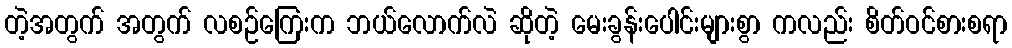
တဲ့အတွက် အတွက် လစဉ်ကြေးက ဘယ်လောက်လဲ ဆိုတဲ့ မေးခွန်းပေါင်းများစွာ ကလည်း စိတ်ဝင်စားစရာ